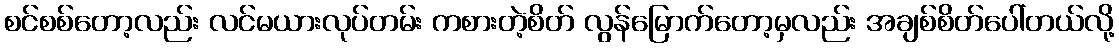
စင်စစ်တော့လည်း လင်မယားလုပ်တမ်း ကစားတဲ့စိတ် လွန်မြောက်တော့မှလည်း အချစ်စိတ်ပေါ်တယ်လို့